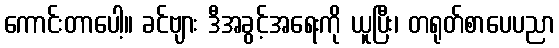
ကောင်းတာပေါ့။ ခင်ဗျား ဒီအခွင့်အရေးကို ယူပြီး၊ တရုတ်စာပေပညာ